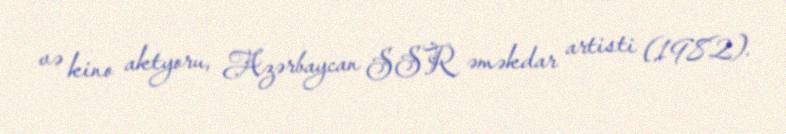
və kino aktyoru, Azərbaycan SSR əməkdar artisti (1982).